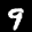
Label: 9